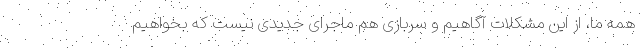
همه ما، از این مشکلات آگاهیم و سربازی هم ماجرای جدیدی نیست که بخواهیم